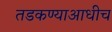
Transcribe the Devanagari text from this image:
तडकण्याआधीच